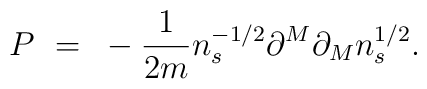
P~=~- \frac{1}{2m} n_s^{-1/2} \partial^M \partial_M n_s^{1/2} .